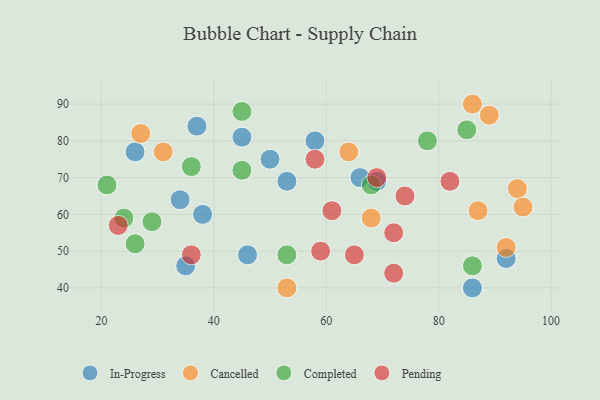
{"axis": {"x": "GDP", "y": "Life Expectancy"}, "legend": ["Cancelled", "Completed", "In-Progress", "Pending"], "data": [{"x": "53", "y": 69, "type": "In-Progress"}, {"x": "35", "y": 46, "type": "In-Progress"}, {"x": "69", "y": 69, "type": "In-Progress"}, {"x": "34", "y": 64, "type": "In-Progress"}, {"x": "46", "y": 49, "type": "In-Progress"}, {"x": "50", "y": 75, "type": "In-Progress"}, {"x": "45", "y": 81, "type": "In-Progress"}, {"x": "37", "y": 84, "type": "In-Progress"}, {"x": "26", "y": 77, "type": "In-Progress"}, {"x": "66", "y": 70, "type": "In-Progress"}, {"x": "58", "y": 80, "type": "In-Progress"}, {"x": "92", "y": 48, "type": "In-Progress"}, {"x": "38", "y": 60, "type": "In-Progress"}, {"x": "86", "y": 40, "type": "In-Progress"}, {"x": "94", "y": 67, "type": "Cancelled"}, {"x": "68", "y": 59, "type": "Cancelled"}, {"x": "64", "y": 77, "type": "Cancelled"}, {"x": "86", "y": 90, "type": "Cancelled"}, {"x": "87", "y": 61, "type": "Cancelled"}, {"x": "92", "y": 51, "type": "Cancelled"}, {"x": "95", "y": 62, "type": "Cancelled"}, {"x": "89", "y": 87, "type": "Cancelled"}, {"x": "27", "y": 82, "type": "Cancelled"}, {"x": "53", "y": 40, "type": "Cancelled"}, {"x": "31", "y": 77, "type": "Cancelled"}, {"x": "21", "y": 68, "type": "Completed"}, {"x": "85", "y": 83, "type": "Completed"}, {"x": "24", "y": 59, "type": "Completed"}, {"x": "53", "y": 49, "type": "Completed"}, {"x": "78", "y": 80, "type": "Completed"}, {"x": "45", "y": 88, "type": "Completed"}, {"x": "45", "y": 72, "type": "Completed"}, {"x": "29", "y": 58, "type": "Completed"}, {"x": "86", "y": 46, "type": "Completed"}, {"x": "68", "y": 68, "type": "Completed"}, {"x": "36", "y": 73, "type": "Completed"}, {"x": "26", "y": 52, "type": "Completed"}, {"x": "72", "y": 55, "type": "Pending"}, {"x": "59", "y": 50, "type": "Pending"}, {"x": "65", "y": 49, "type": "Pending"}, {"x": "69", "y": 70, "type": "Pending"}, {"x": "58", "y": 75, "type": "Pending"}, {"x": "61", "y": 61, "type": "Pending"}, {"x": "36", "y": 49, "type": "Pending"}, {"x": "23", "y": 57, "type": "Pending"}, {"x": "74", "y": 65, "type": "Pending"}, {"x": "82", "y": 69, "type": "Pending"}, {"x": "72", "y": 44, "type": "Pending"}]}